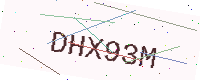
Text: DHX93M